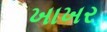
ખાખર